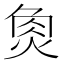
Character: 𤉯